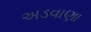
અડવાણા